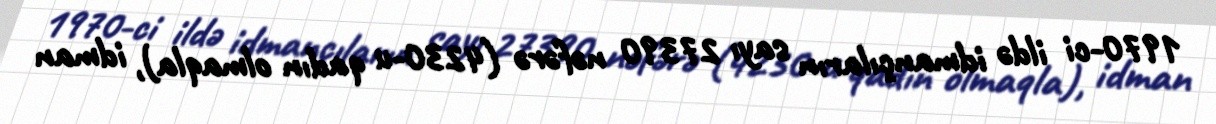
1970-ci ildə idmançıların sayı 27390 nəfərə (4230-u qadın olmaqla), idman